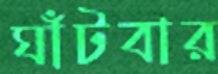
ঘাঁটবার